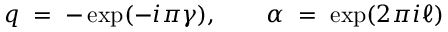
q \; = \; - \exp ( - i \pi \gamma ) , \qquad \alpha \; = \; \exp ( 2 \pi i \ell )